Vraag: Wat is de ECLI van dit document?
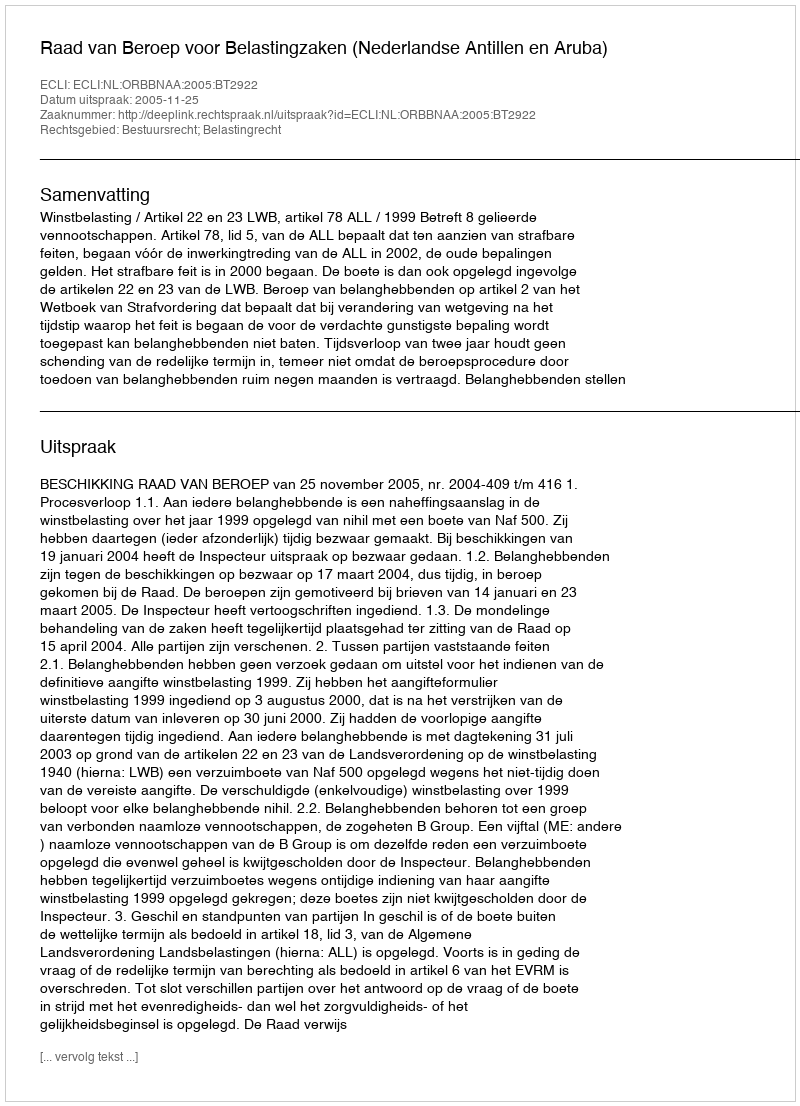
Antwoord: ECLI:NL:ORBBNAA:2005:BT2922